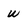
Character: W